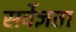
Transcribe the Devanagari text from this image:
सर्वेज्ञता